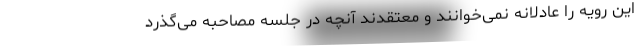
این رویه را عادلانه نمی‌خوانند و معتقدند آنچه در جلسه مصاحبه می‌گذرد